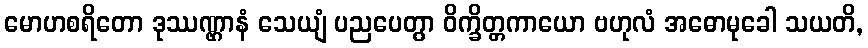
မောဟစရိတော ဒုဿဏ္ဌာနံ သေယျံ ပညပေတွာ ဝိက္ခိတ္တကာယော ဗဟုလံ အဓောမုခေါ သယတိ,